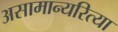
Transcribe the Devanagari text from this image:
असामान्यरित्या